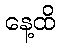
နေ့ထိ